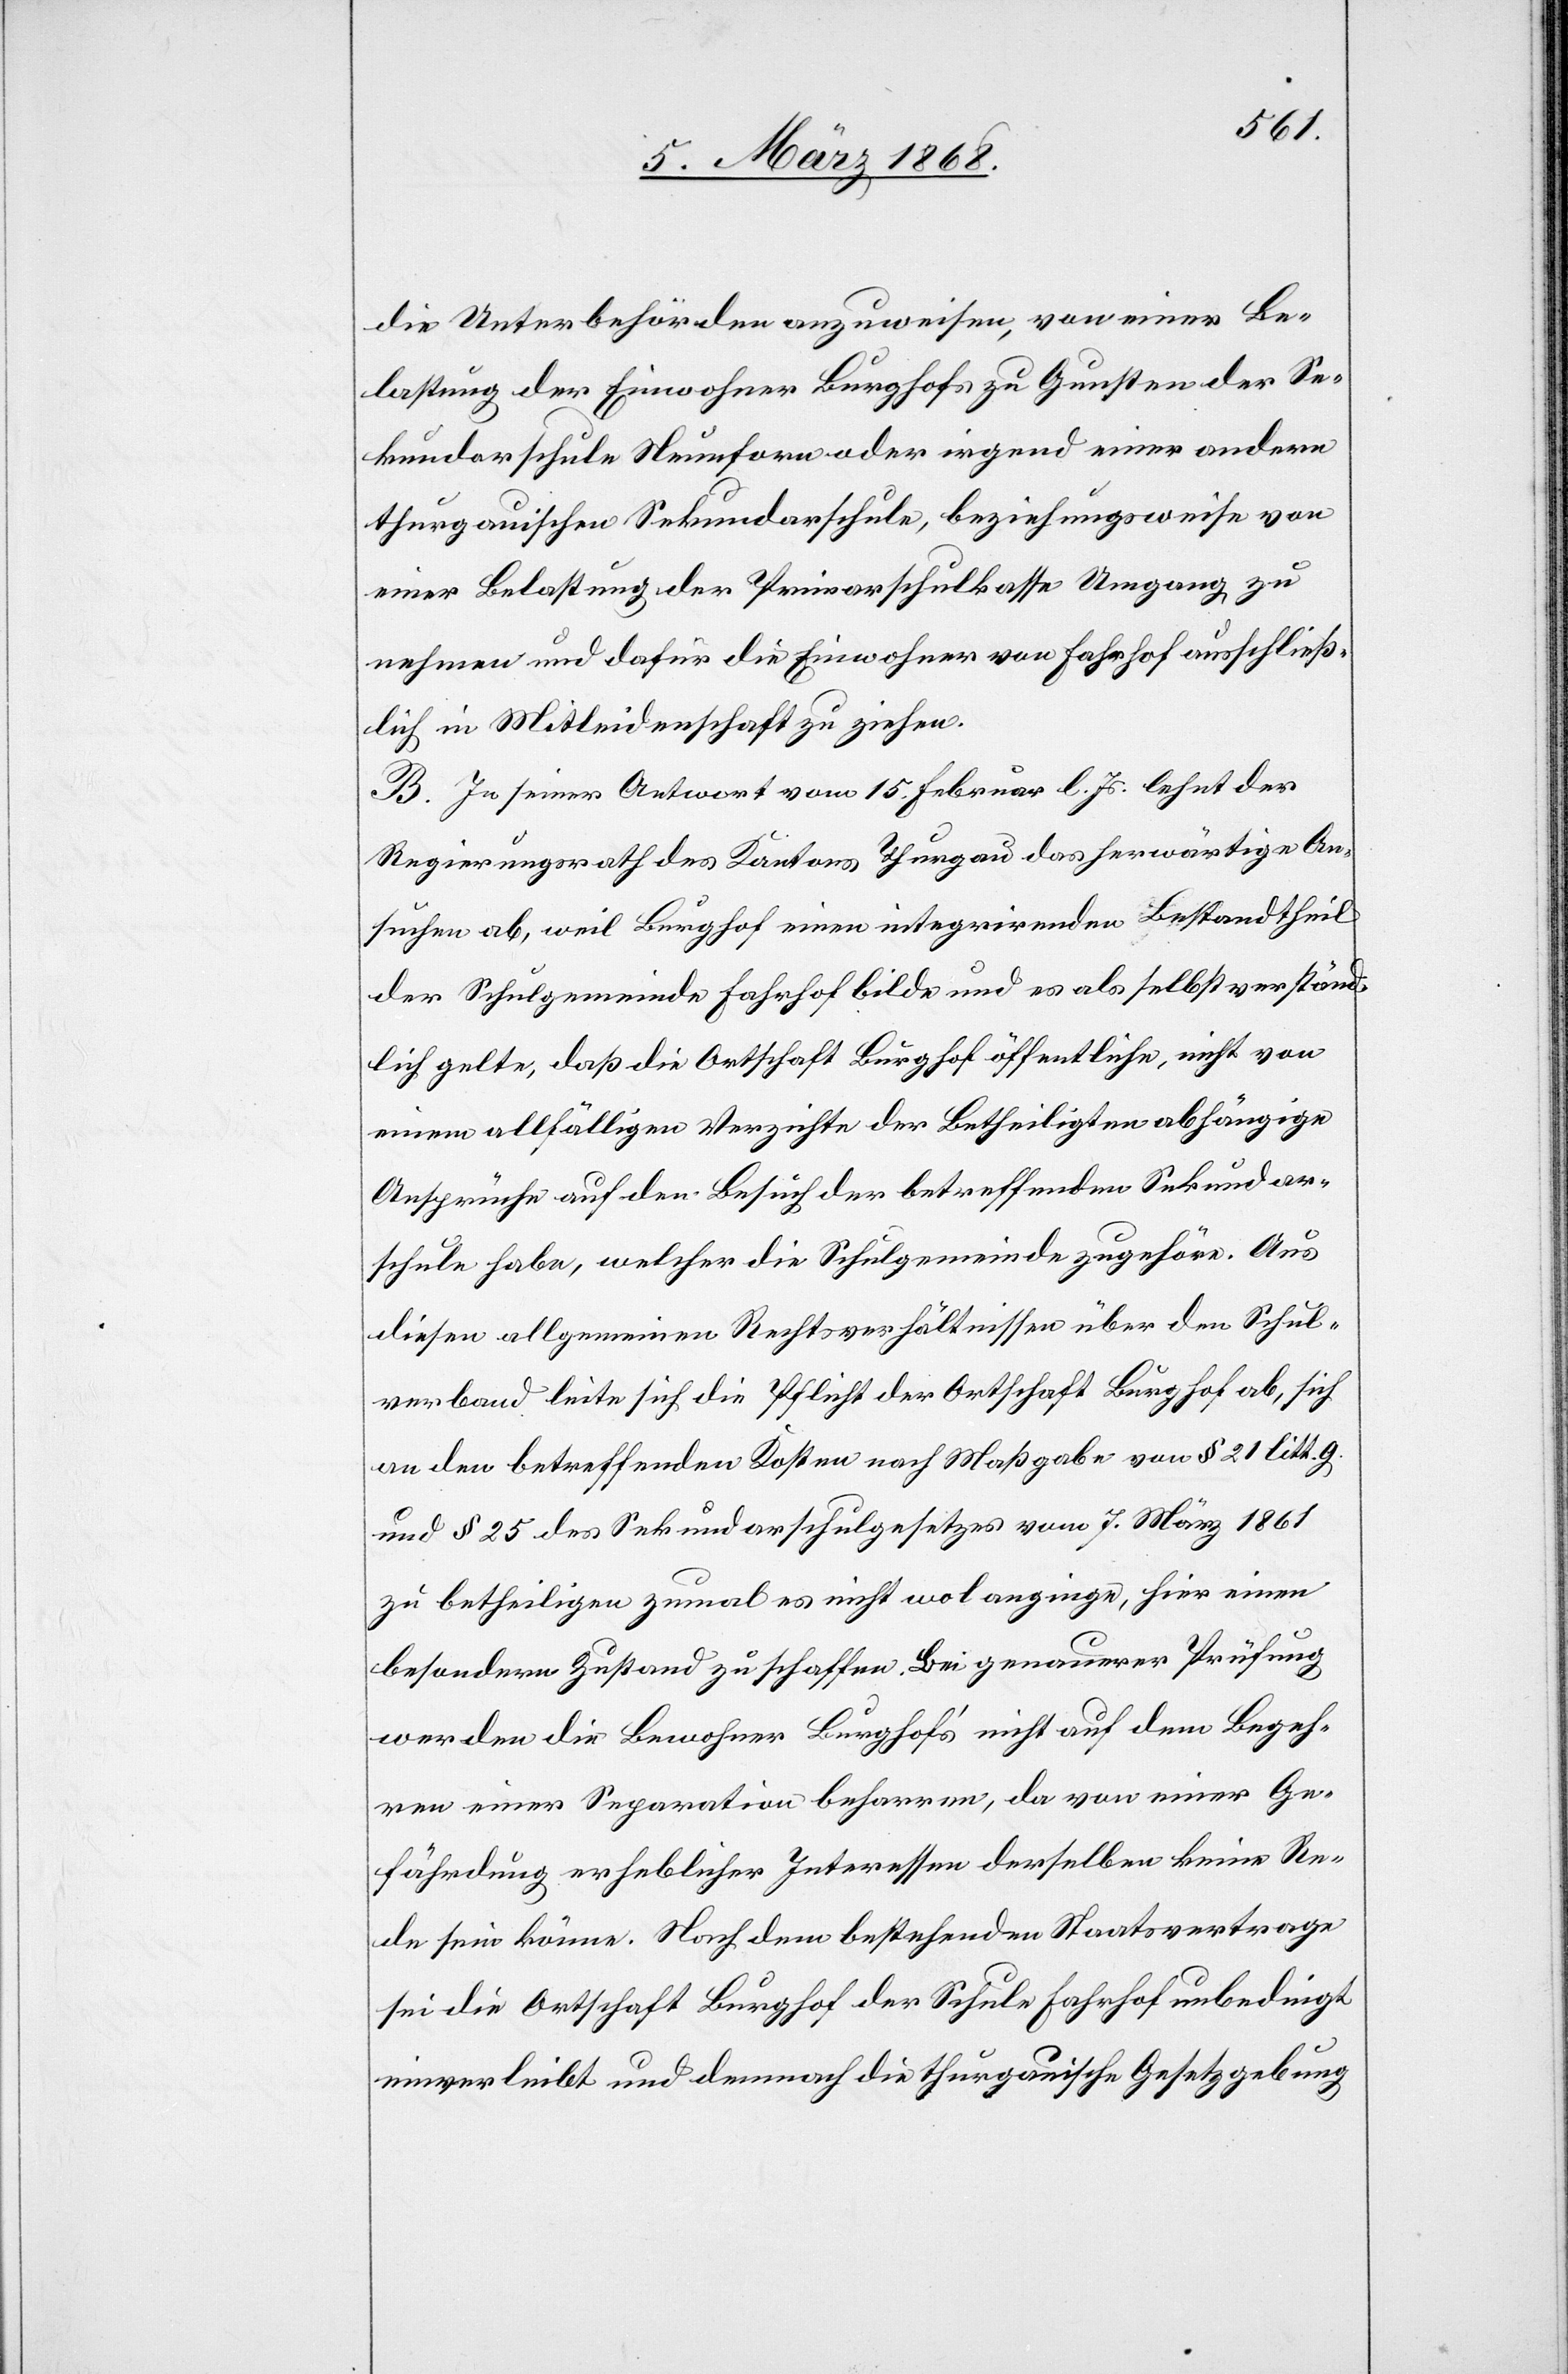
die Unterbehörden anzuweisen, von einer Be¬
lastung der Einwohner Burghofs zu Gunsten der Se¬
kundarschule Neunforn oder irgend einer andern
thurgauischen Sekundarschule, beziehungsweise von
einer Belastung der Primarschulkasse Umgang zu
nehmen und dafür die Einwohner von Fahrhof ausschließ¬
lich in Mitleidenschaft zu ziehen.
B. In seiner Antwort vom 15. Februar l. Js. lehnt der
Regierungsrath des Kantons Thurgau das herwärtige An¬
suchen ab, weil Burghof einen integrirenden Bestandtheil
der Schulgemeinde Fahrhof bilde und es als selbstverständ¬
lich gelte, daß die Ortschaft Burghof öffentliche, nicht von
einem allfälligen Verzichte der Betheiligten abhängige
Ansprüche auf den Besuch der betreffenden Sekundar¬
schule habe, welcher die Schulgemeinde zugehöre. Aus
diesen allgemeinen Rechtsverhältnissen über den Schul¬
verband leite sich die Pflicht der Ortschaft Burghof ab, sich
an den betreffenden Kosten nach Maßgabe von § 21 litt. g.
und § 25 des Sekundarschulgesetzes vom 7. März 1861
zu betheiligen zumal es nicht wol anginge, hier einen
besondern Zustand zu schaffen. Bei genauerer Prüfung
werden die Bewohner Burghof’s nicht auf dem Begeh¬
ren einer Separation beharren, da von einer Ge¬
fährdung erheblicher Interessen derselben keine Re¬
de sein könne. Nach dem bestehenden Staatsvertrage
sei die Ortschaft Burghof der Schule Fahrhof unbedingt
einverleibt und demnach die thurgauische Gesetzgebung